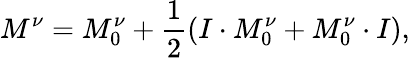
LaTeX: M^{\nu}=M_{0}^{\nu}+\frac{1}{2}\left(I\cdot M_{0}^{\nu}+M_{0}^{\nu}\cdot I\right),